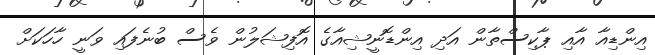
އިންޑިއާ އާއި ޕާކިސްތާން އަދި އިންޑޮނީޝިއާގެ އޮފިޝަލުން ވެސް ބުނެފައި ވަނީ ހާހަކަށް